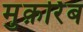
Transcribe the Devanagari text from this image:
मुक़र्रिब